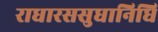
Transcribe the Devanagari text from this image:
राधारससुधानिधि